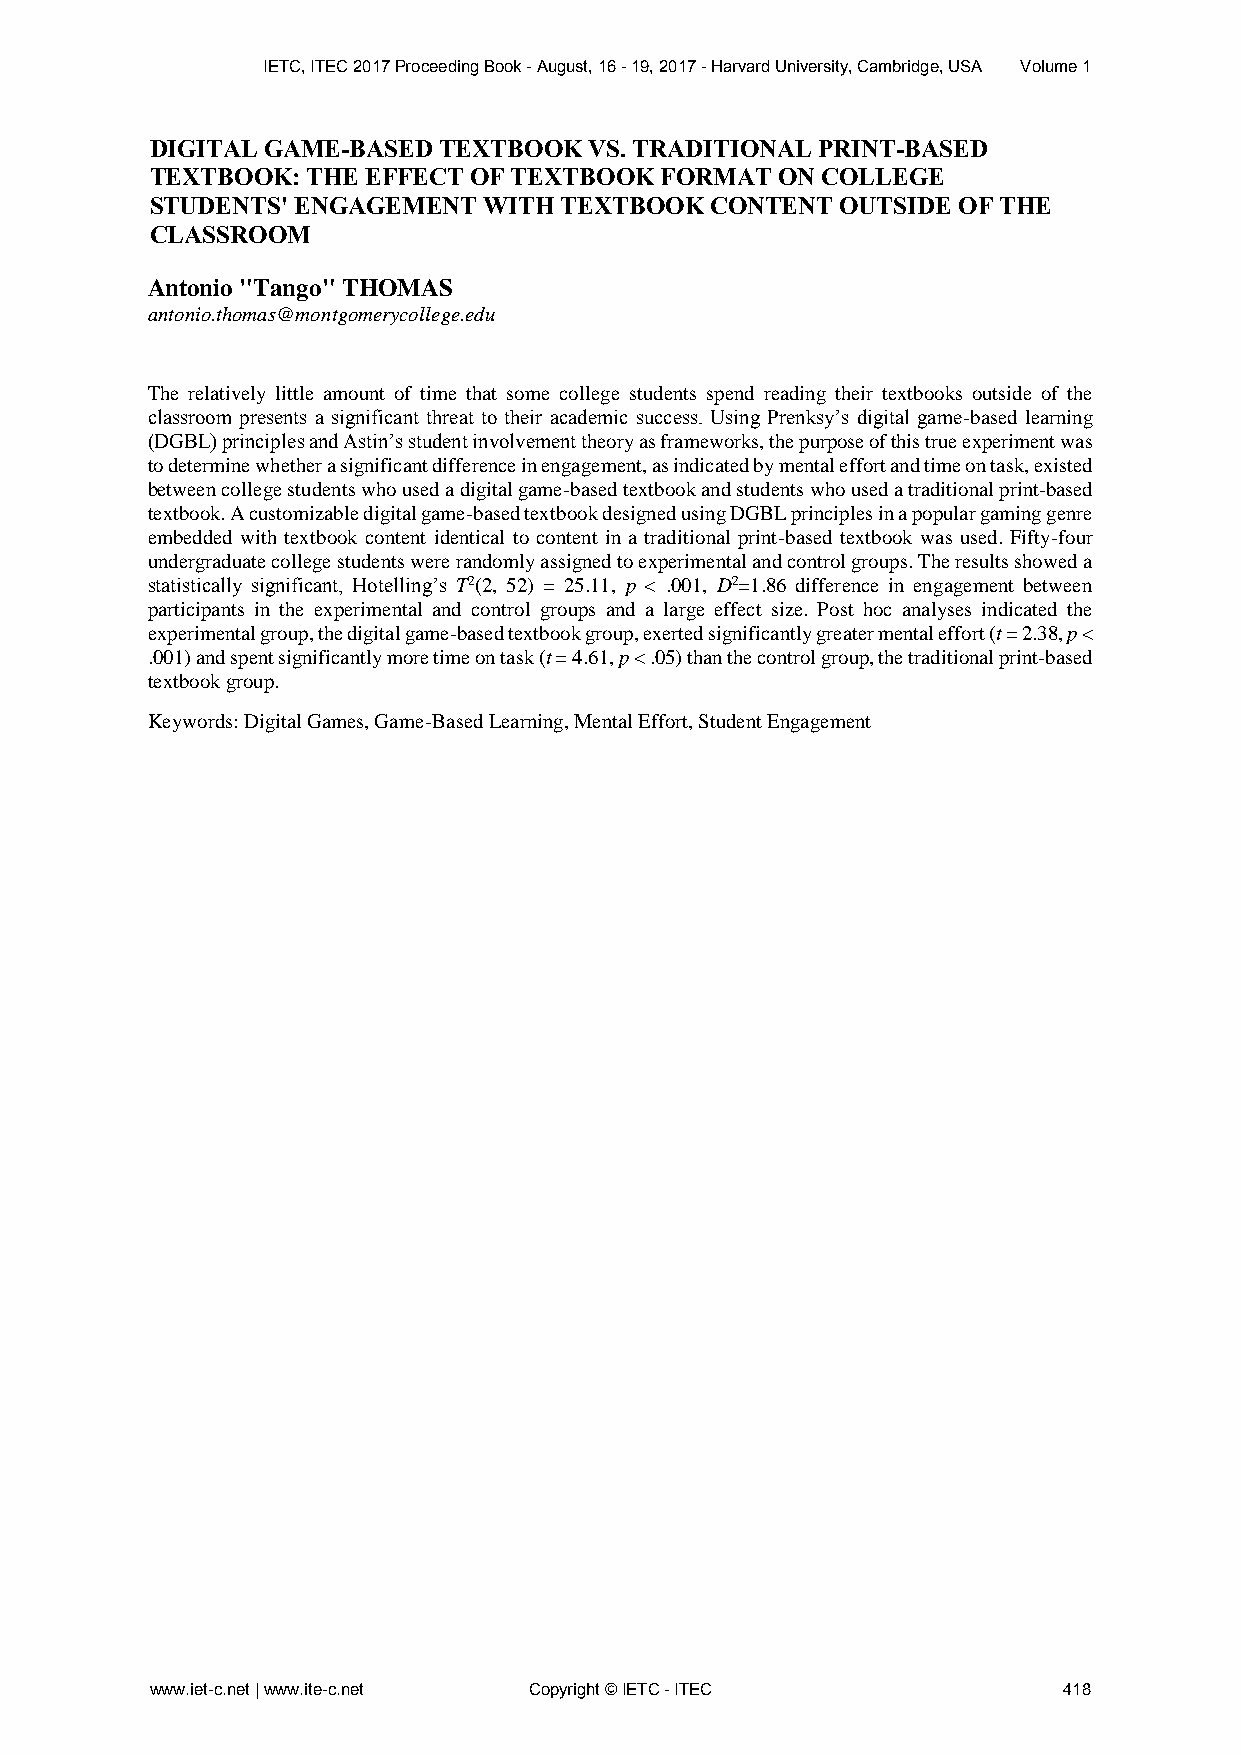
IETC, ITEC 2017 Proceeding Book - August, 16 - 19, 2017 - Harvard University, Cambridge, USA Volume 1
 DIGITAL GAME-BASED TEXTBOOK  VS. TRADITIONAL PRINT-BASED
 TEXTBOOK: THE EFFECT OF TEXTBOOK  FORMAT ON COLLEGE
 STUDENTS' ENGAGEMENT  WITH TEXTBOOK  CONTENT  OUTSIDE OF THE
 CLASSROOM
 Antonio "Tango" THOMAS
 antonio.thomas@montgomerycollege.edu
 The relatively little amount of time that some college students spend reading their textbooks outside of the
 classroom presents a significant threat to their academic success. Using Prenksy’s digital game-based learning
 (DGBL) principles and Astin’s student involvement theory as frameworks, the purpose of this true experiment was
 to determine whether a significant difference in engagement, as indicated by mental effort and time on task, existed
 between college students who used a digital game-based textbook and students who used a traditional print-based
 textbook. A customizable digital game-based textbook designed using DGBL principles in a popular gaming genre
 embedded with textbook content identical to content in a traditional print-based textbook was used. Fifty-four
 undergraduate college students were randomly assigned to experimental and control groups. The results showed a
 statistically significant, Hotelling’s T2(2, 52) = 25.11, p < .001, D2=1.86 difference in engagement between
 participants in the experimental and control groups and a large effect size. Post hoc analyses indicated the
 experimental group, the digital game-based textbook group, exerted significantly greater mental effort (t = 2.38, p <
 .001) and spent significantly more time on task (t = 4.61, p < .05) than the control group, the traditional print-based
 textbook group.
 Keywords: Digital Games, Game-Based Learning, Mental Effort, Student Engagement
 www.iet-c.net | www.ite-c.net Copyright © IETC - ITEC       418